Leaving Certificate Examination, 1923
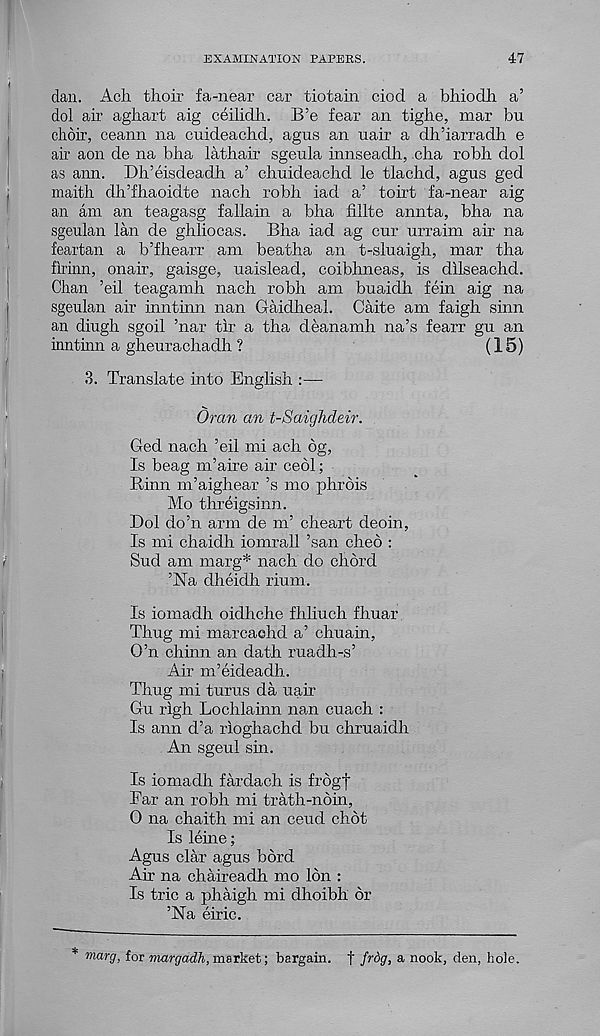
EXAMINATION PAPERS.
47
dan. Ach thoir fa-near car tiotain ciod a bhiodh a’
dol air aghart aig ceilidh. B’e fear an tighe, mar bn
choir, ceann na cuideachd, agus an uair a dh’iarradh e
air aon de na bha lathair sgeula innseadh, cha robh dol
as aim. Dh’eisdeadh a’ chuideachd le tlachd, agus ged
maith clh’fhaoidte nach robh iad a’ toirt fa-near aig
an am an teagasg fallain a bha hllte annta, bha na
sgeulan lan de ghliocas. Bha iad ag cur urraim air na
feartan a b’fhearr am beatha an t-sluaigh, mar tha
flrinn, onair, gaisge, uaislead, coibhneas, is dllseachd.
Chan ’eil teagamh nach robh am buaidh fein aig na
sgeulan air inntinn nan Gaidheal. Caite am faigh sinn
an diugh sgoil ’nar tlr a tha deanamh na’s fearr gu an
inntinn a gheurachadh ?
(15)
3. Translate into English
Oran an t-Saighdeir.
Ged nach ’eil mi ach bg,
Is beag m’aire air cedi;
Rlnn m’aighear’s mo phrbis
Mo threigsinn.
Dol do’n arm de nT cheart deoin,
Is mi chaidh iomrall ’san died :
Sud am marg* nach do chord
’Na dheidh rium.
Is iomadh oidhche fhliuch fhuar
Thug mi marcaohd a’ chuain,
O’n chinn an dath ruadh-s’
Air m’eideadh.
Thug mi turns da uair
Gu rlgh Lochlainn nan cuach :
Is aim d’a rioghachd bu chruaidh
An sgeul sin.
Is iomadh fardach is frdgj
Far an robh mi trath-ndin,
0 na chaith mi an ceud chdt
Is leine;
Agus clar agus bbrd
Air na chaireadh mo Ion :
Is trie a phaigh mi dhoibh dr
’Na eiric.
'marg, for margadh,m.&r\iet\ bargain. | frdg, a nook, den, hole.